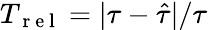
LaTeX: T_{\mathrm{~r~e~l~}}=|\tau-\hat{\tau}|/\tau